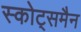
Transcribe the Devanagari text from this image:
स्कोट्समैन